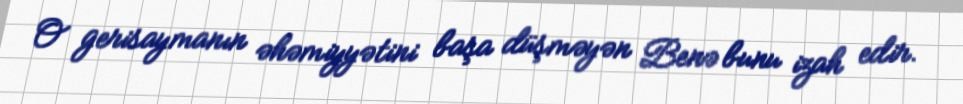
O gerisaymanın əhəmiyyətini başa düşməyən Benə bunu izah edir.